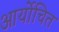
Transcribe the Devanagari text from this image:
आर्योचित